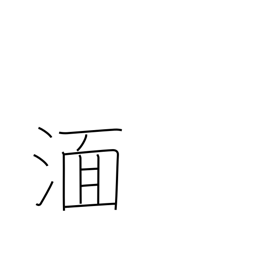
Meaning: be immersed